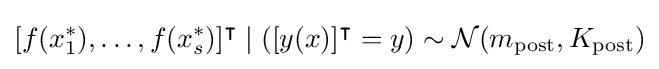
[f(x_{1}^{*}),\ldots ,f(x_{s}^{*})]^{\intercal }\mid ([y(x)]^{\intercal }=y)\sim {\mathcal {N}}(m_{\text{post}},K_{\text{post}})